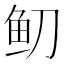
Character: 鱽